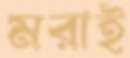
মরাই